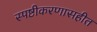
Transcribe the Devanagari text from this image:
स्पष्टीकरणासहीत